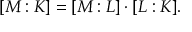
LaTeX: [ M : K ] = [ M : L ] \cdot [ L : K ] .